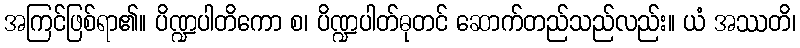
အကြင်ဖြစ်ရာ၏။ ပိဏ္ဍပါတိကော စ၊ ပိဏ္ဍပါတ်ဓုတင် ဆောက်တည်သည်လည်း။ ယံ အဿတိ၊